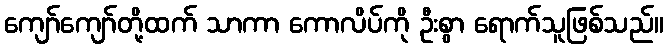
ကျော်ကျော်တို့ထက် သာကာ ကောလိပ်ကို ဦးစွာ ရောက်သူဖြစ်သည်။